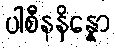
ပါစီနနိန္နော